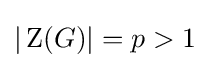
|\operatorname {Z} (G)|=p>1